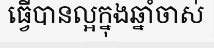
ធ្វើបានល្អក្នុងឆ្នាំចាស់